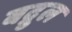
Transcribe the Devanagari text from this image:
बद्रुल